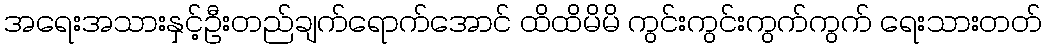
အရေးအသားနှင့်ဦးတည်ချက်ရောက်အောင် ထိထိမိမိ ကွင်းကွင်းကွက်ကွက် ရေးသားတတ်